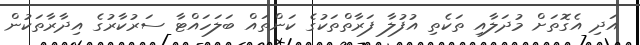
އަދި އެގޮތަށް މުދަލާއި ތަކެތި އުފުލާ ފަރާތްތަކުގެ ކަންތައް ބަލަހައްޓާ ސަރުކާރުގެ އިދާރާތަކުން